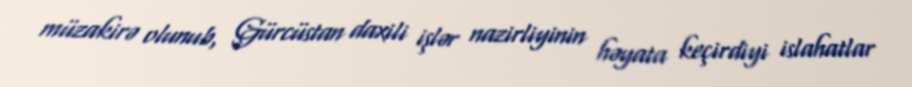
müzakirə olunub, Gürcüstan daxili işlər nazirliyinin həyata keçirdiyi islahatlar